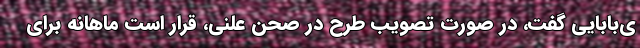
ی‌بابایی گفت، در صورت تصویب طرح در صحن علنی، قرار است ماهانه برای